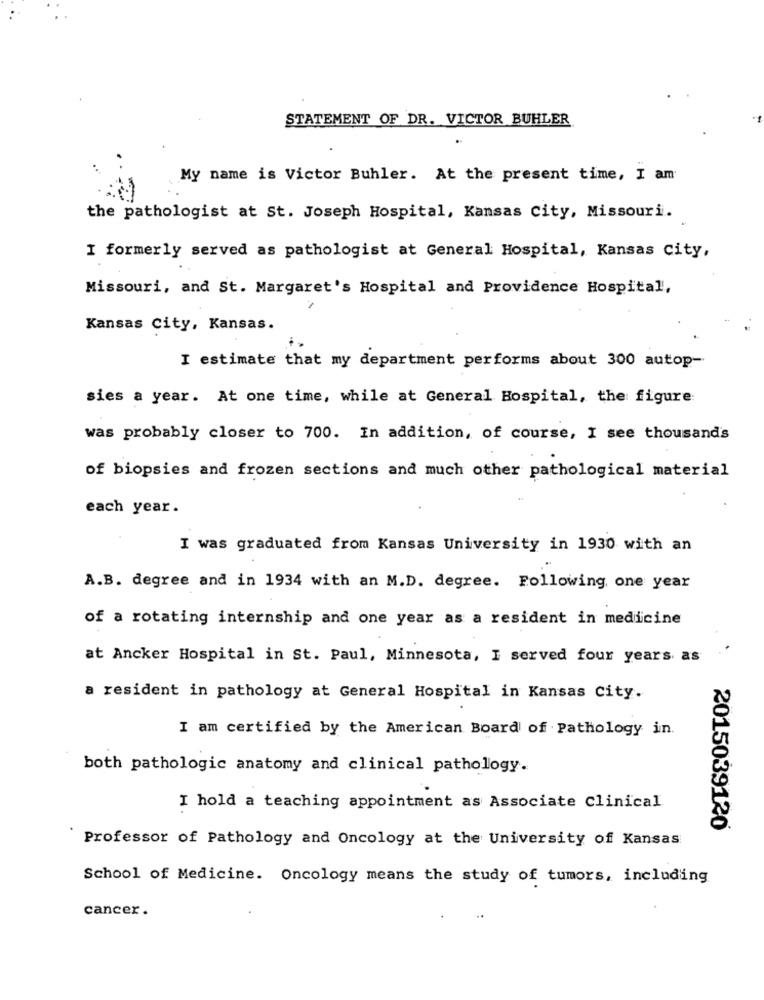
STATEMENT OF DR. VICTOR BUHLER
My name is Victor Buhler. At the present time, I am
the pathologist at St. Joseph Hospital, Kansas City, Missouri.
I formerly served as pathologist at General Hospital, Kansas City,
Missouri, and St. Margaret's Hospital and Providence Hospital,
Kansas City, Kansas.
I estimate that my department performs about 300 autop-
sies a year. At one time, while at General Hospital, the figure
was probably closer to 700. In addition, of course, I see thousand's
of biopsies and frozen sections and much other pathological material
each year.
I was graduated from Kansas University in 1930 with an
A.B. degree and in 1934 with an M.D. degree. Following, one year
of a rotating internship and one year as a resident in medicine
at Ancker Hospital in St. Paul, Minnesota, I served four years as
a resident in pathology at General Hospital in Kansas City.
I am certified by the American Board of Pathology in.
both pathologic anatomy and clinical pathology.
I hold a teaching appointment as Associate clinical
2015039120
Professor of Pathology and Oncology at the University of Kansas
School of Medicine. Oncology means the study of tumors, including
cancer.